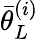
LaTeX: {{\bar{\theta}}_{L}^{(i)}}